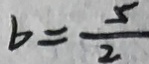
b = \frac { 5 } { 2 }